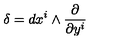
\delta = d x ^ { i } \wedge \frac { \partial } { \partial y ^ { i } }